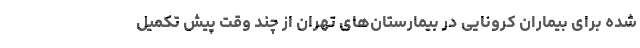
شده برای بیماران کرونایی در بیمارستان‌های تهران از چند وقت پیش تکمیل